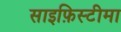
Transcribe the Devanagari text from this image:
साइफ़िस्टीमा